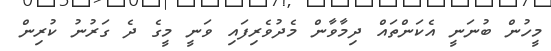
މީހުން ބުނަނީ އެކަންތައް ދިމާވާން މެދުވެރިފައި ވަނީ މީގެ ދެ ގަރުނު ކުރިން